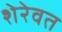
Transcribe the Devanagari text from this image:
शेरेवत